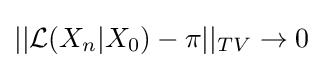
||{\mathcal {L}}(X_{n}|X_{0})-\pi ||_{TV}\rightarrow 0